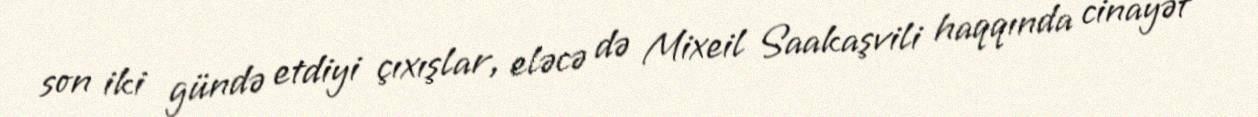
son iki gündə etdiyi çıxışlar, eləcə də Mixeil Saakaşvili haqqında cinayət